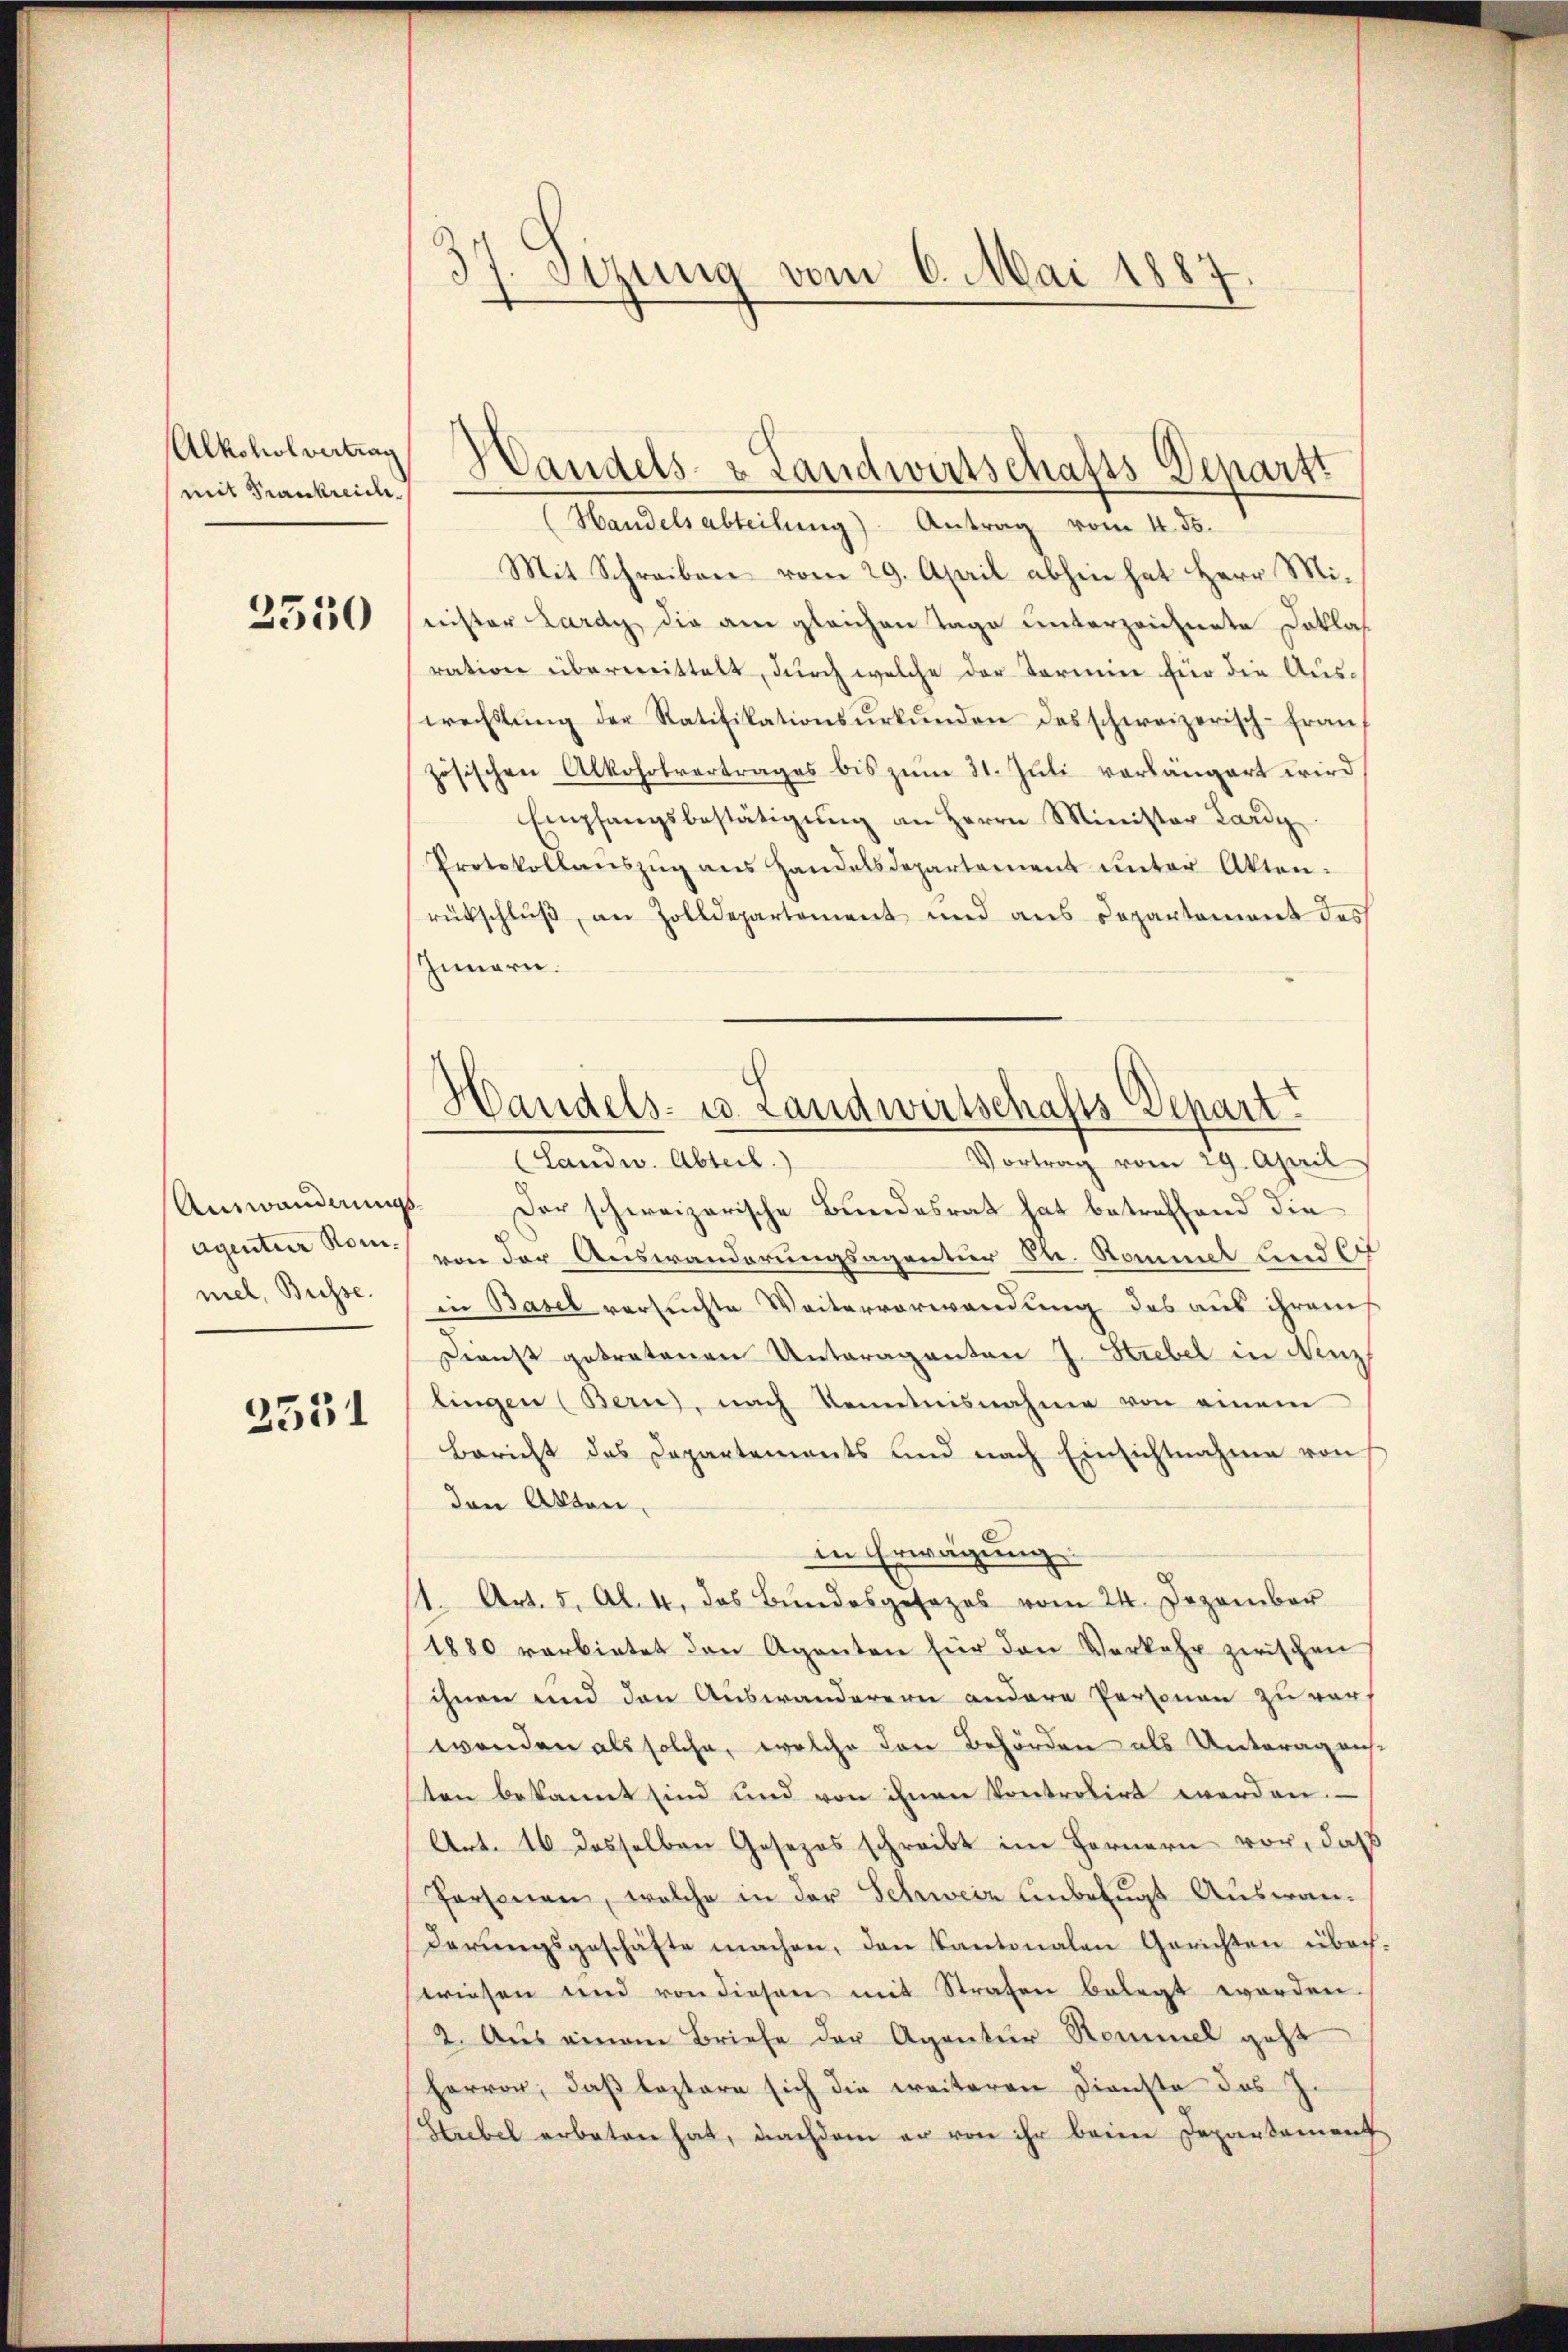
Alkoholvertrag
mit Frankreich

2550

Ainwanderungs
Agentier Rom.
niel, Büsse.

2551

34 Sirung vom 6. Mai 1887.
d

(Handelsabteilung). Antrag vom 4. ds.
Mit Schreiben vom 29. April abhin hat Herr Minister Lardy die am gleichen Tage unterzeichnete Doklas
ration überwittelt, durch welche der Termin für die Auswechstŭng der Ratifikationsŭrkŭnden des schweizerisch-fraŭf
zösischen Alkoholvertrages bis zum 31. Juli vorlängert wird
Empfangsbestätigŭng an Herrn Minister Lardy
Protokollanszŭg ans Handelsdepartement ŭnter Akten.
rütschlŭβ an Zolldepartement und aus Departement des
Innern.
Vortrag vom 29. April
(Landw. Abteil)
Der schweizerische Bundesrat hat betreffend die
von der Auswanderungsagentier Sr. Kommet und O
in Basel versuchte Weitervorwandung des aus ihrens
Dienst getretenen Unteraganten J. Hiebel in Nenz,
lingen (Bern, nach Kenntnisnahme von einem
Bericht des Departements und nach Einsichtnahme von
den Akten.
in Erwägung
1. Art. 5. Al. 4, das Bundesgesezes vom 24. Dezember
1880 verbietet den Agenten für den Verkehr zwischen
ihnen und den Auswanderern andere Personen zu vers
wenden als solche, welche den Behörden als Unteragens
ten bekannt sind und von ihnen kontrolirt werden.
Art. 16 dasselben Gesezes schreibt im Fernern vor, daß
Personen, welche in der Schweiz unbefugt Auswanderungsgeschäfte machen, den Kantonalen Gerichten überwiesen und von diesen mit Strafen belegt worden
2. Aus einem Briefe der Agentur Rommel geht
Hervor, daß leztere sich die weiteren Dienste des J
Strebel erbeten hat, nachdem er von ihr beim Departement

Handels- & Landwirtschafts-Departt

G
Handels- u. Landwirtschafts Depart